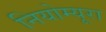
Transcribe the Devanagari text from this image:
नियोम्यूरा